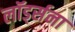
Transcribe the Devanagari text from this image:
लॉर्ड्सना